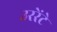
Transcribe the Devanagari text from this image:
उररेंटे